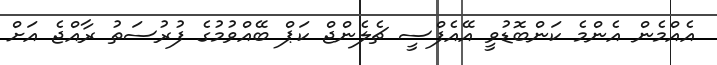
އެއްމެން އެންމެ ކަންބޮޑުވީ އޭއެފްސީ ޗެލެންޖް ކަޕް ބޭއްވުމުގެ ފުރުސަތު ރާއްޖެ އަށް